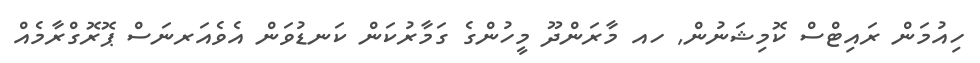
ހިއުމަން ރައިޓްސް ކޮމިޝަނުން